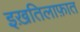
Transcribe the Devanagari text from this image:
इख़तिलाफ़ात